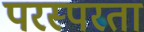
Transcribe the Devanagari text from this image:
परस्परता